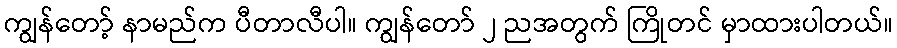
ကျွန်တော့် နာမည်က ပီတာလီပါ။ ကျွန်တော် ၂ ညအတွက် ကြိုတင် မှာထားပါတယ်။